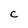
Character: C